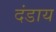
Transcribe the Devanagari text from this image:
दंडाय